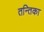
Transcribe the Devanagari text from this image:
तन्तिका